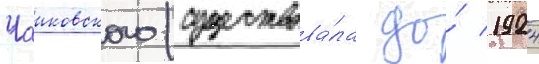
Чаиковского (существова́ла до́ 1924